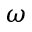
\boldsymbol { \omega }